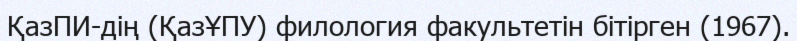
ҚазПИ-дің (ҚазҰПУ) филология факультетін бітірген (1967).